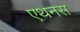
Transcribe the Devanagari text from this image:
एथनस